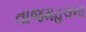
તાજમહલના